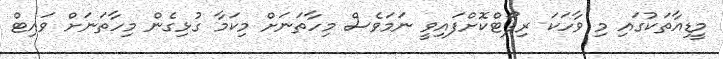
މީޑިއާތަކުގައި މި ވާހަކަ ރިޕޯޓްކޮށްފައިވީ ނަމަވެސް މިހާތަނަށް މިކަމާ ގުޅިގެން މިހާތަނަށް ވައިޓް